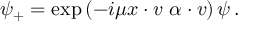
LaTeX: \psi _ { + } = \exp \left( - i \mu x \cdot v ~ \alpha \cdot v \right) \psi \, .